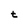
Character: t